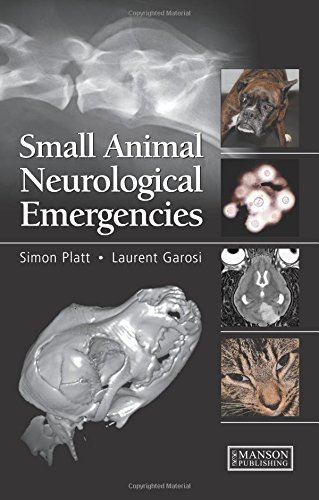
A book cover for Small Animal Neurological Emergencies; Simon Platt; Medical Books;